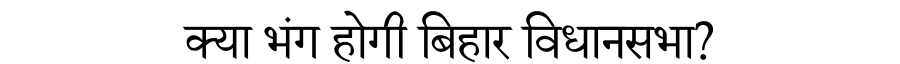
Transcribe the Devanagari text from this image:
क्या भंग होगी बिहार विधानसभा?